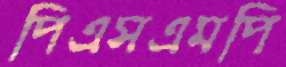
পিএসএমপি